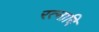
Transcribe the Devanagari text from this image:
रत्नादि